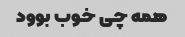
همه چی خوب بوود